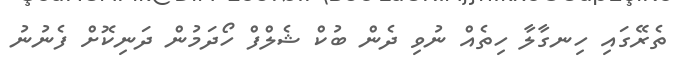
ތެރޭގައި ހިނގާލާ ހިތެއް ނުވި ދެން ބުކް ޝެލްފް ހޯދަމުން ދަނިކޮށް ފެނުނު